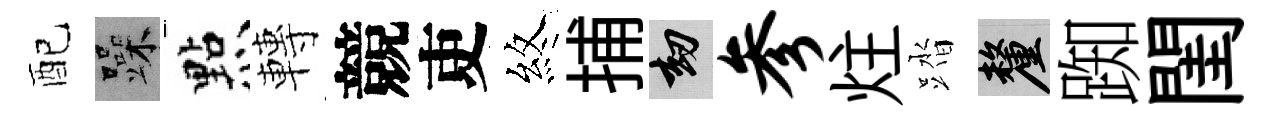
配躁㸃轉競吏煞捕劫参炷踏厘踟閨